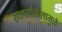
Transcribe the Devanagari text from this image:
सालमोनेलामुळे